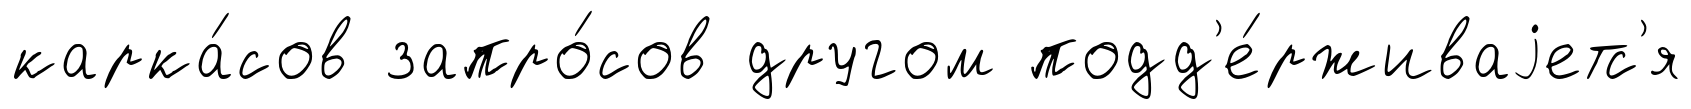
карка́сов запро́сов другом подд'е́рживаjетс'я